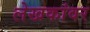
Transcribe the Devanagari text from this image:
लेखकांवर